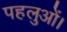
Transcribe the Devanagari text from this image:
पहलुओं।